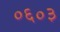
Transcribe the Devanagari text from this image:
०६०३